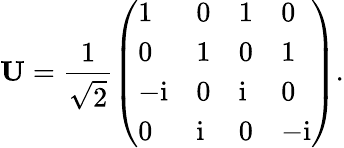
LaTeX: \mathbf U=\frac{1}{\sqrt{2}}\left(\begin{array}{llll}{1}&{0}&{1}&{0}\\ {0}&{1}&{0}&{1}\\ {-\mathrm{i}}&{0}&{\mathrm{i}}&{0}\\ {0}&{\mathrm{i}}&{0}&{-\mathrm{i}}\end{array}\right).